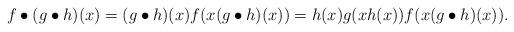
LaTeX: \begin{align*}f \bullet (g \bullet h)(x) &= (g \bullet h)(x) f(x({g \bullet h})(x))= h(x)g(xh(x)) f(x(g \bullet h)(x)).\end{align*}